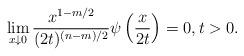
LaTeX: \begin{align*} \lim_{x \downarrow 0} \frac{x^{1 - m / 2} }{(2t)^{(n- m )/2}} \psi \left(\frac{x}{2t}\right) =0, t > 0.\end{align*}